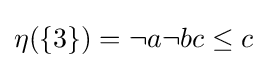
{\textstyle \eta (\{3\})=\neg a\neg bc\leq c}